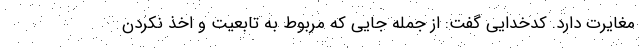
مغایرت دارد. کدخدایی گفت: از جمله جایی که مربوط به تابعیت و اخذ نکردن